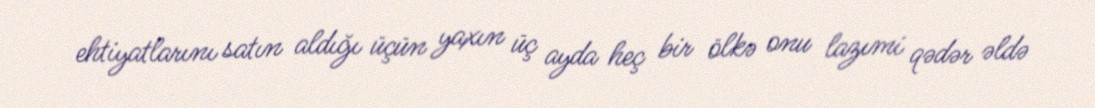
ehtiyatlarını satın aldığı üçün yaxın üç ayda heç bir ölkə onu lazımi qədər əldə